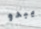
يبدو